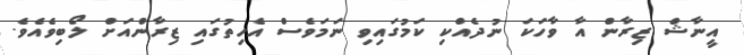
އީނާޝް ޒިރާން އާ ވާހަކަ ނުދެއްކި ކަމުގައިވި ނަމަވެސް އެހިތުގައި ޒިރާންއަށް ލޯބިވެއެވެ.